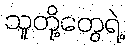
သူတို့တွေရဲ့